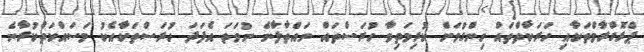
ޕްރޮގްރާމްތަކާއި ހަރަކާތްތައް ހިންގުމަށް ކުރިމަތިވާ ހުރަސްތައް ނައްތާލާނެ ނުވަތަ އެފަދަ ހުރަސްތަކާއެކު މަސައްކަތްކުރާނެ